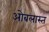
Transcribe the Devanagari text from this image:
ओबलास्त